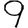
Digit: 9